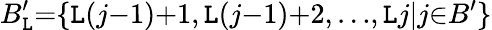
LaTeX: B_{\mathtt{L}}^{\prime}{=}\{ \mathtt{L}(j{-}1){+}1,\mathtt{L}(j{-}1){+}2,{\ldots},\mathtt{L}j|j{\in}B^{\prime}\}